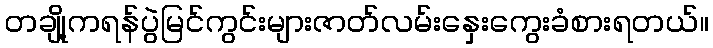
တချို့ကရန်ပွဲမြင်ကွင်းများဇာတ်လမ်းနှေးကွေးခံစားရတယ်။